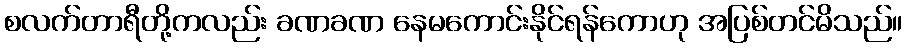
စလက်တာရီတို့ကလည်း ခဏခဏ နေမကောင်းနိုင်ရန်ကောဟု အပြစ်တင်မိသည်။